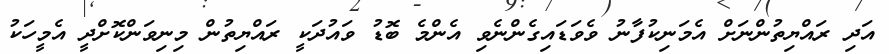
އަދި ރައްޔިތުންނަށް އެމަނިކުފާނު ވެވަޑައިގެންނެވި އެންމެ ބޮޑު ވައުދަކީ ރައްޔިތުން މިނިވަންކޮށްދީ އެމީހަކު